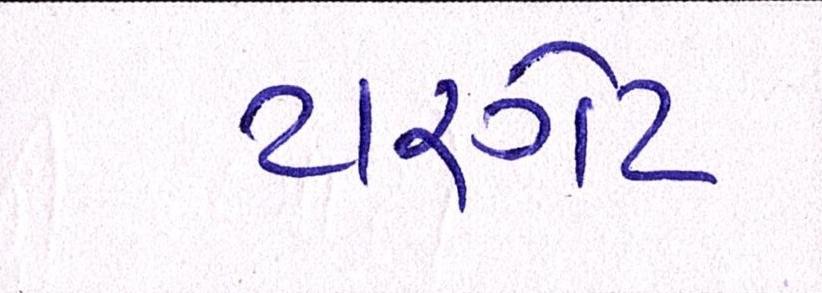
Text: ટારગેટ